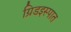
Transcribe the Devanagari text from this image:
ग्रिडइस्पात